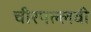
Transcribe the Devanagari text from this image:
चीरपल्लवी